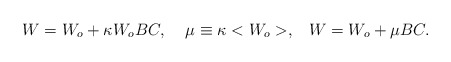
\begin{align*}W = W_o + \kappa W_o BC,\;\;\;\;\mu \equiv\kappa <W _o> ,\;\;\;W= W_o + \mu BC.\end{align*}